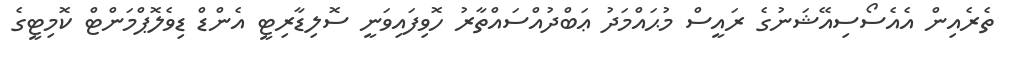
ތެރެއިން އެއެސޯސިއޭޝަނުގެ ރައީސް މުޙައްމަދު ޢަބްދުއްސައްތާރު ހޮވިފައިވަނީ ސޮލިޑާރިޓީ އެންޑް ޑިވެލޮޕްމަންޓް ކޮމިޓީގެ